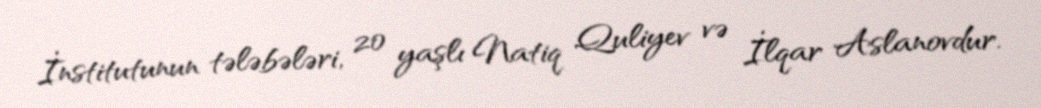
İnstitutunun tələbələri, 20 yaşlı Natiq Quliyev və İlqar Aslanovdur.